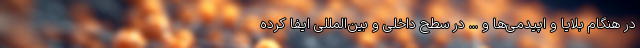
در هنگام بلایا و اپیدمی‌ها و ... در سطح داخلی و بین‌المللی ایفا کرده